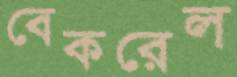
বেকরেল